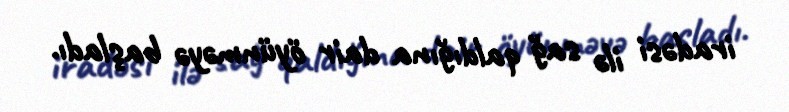
iradəsi ilə sağ qaldığına dair öyünməyə başladı.